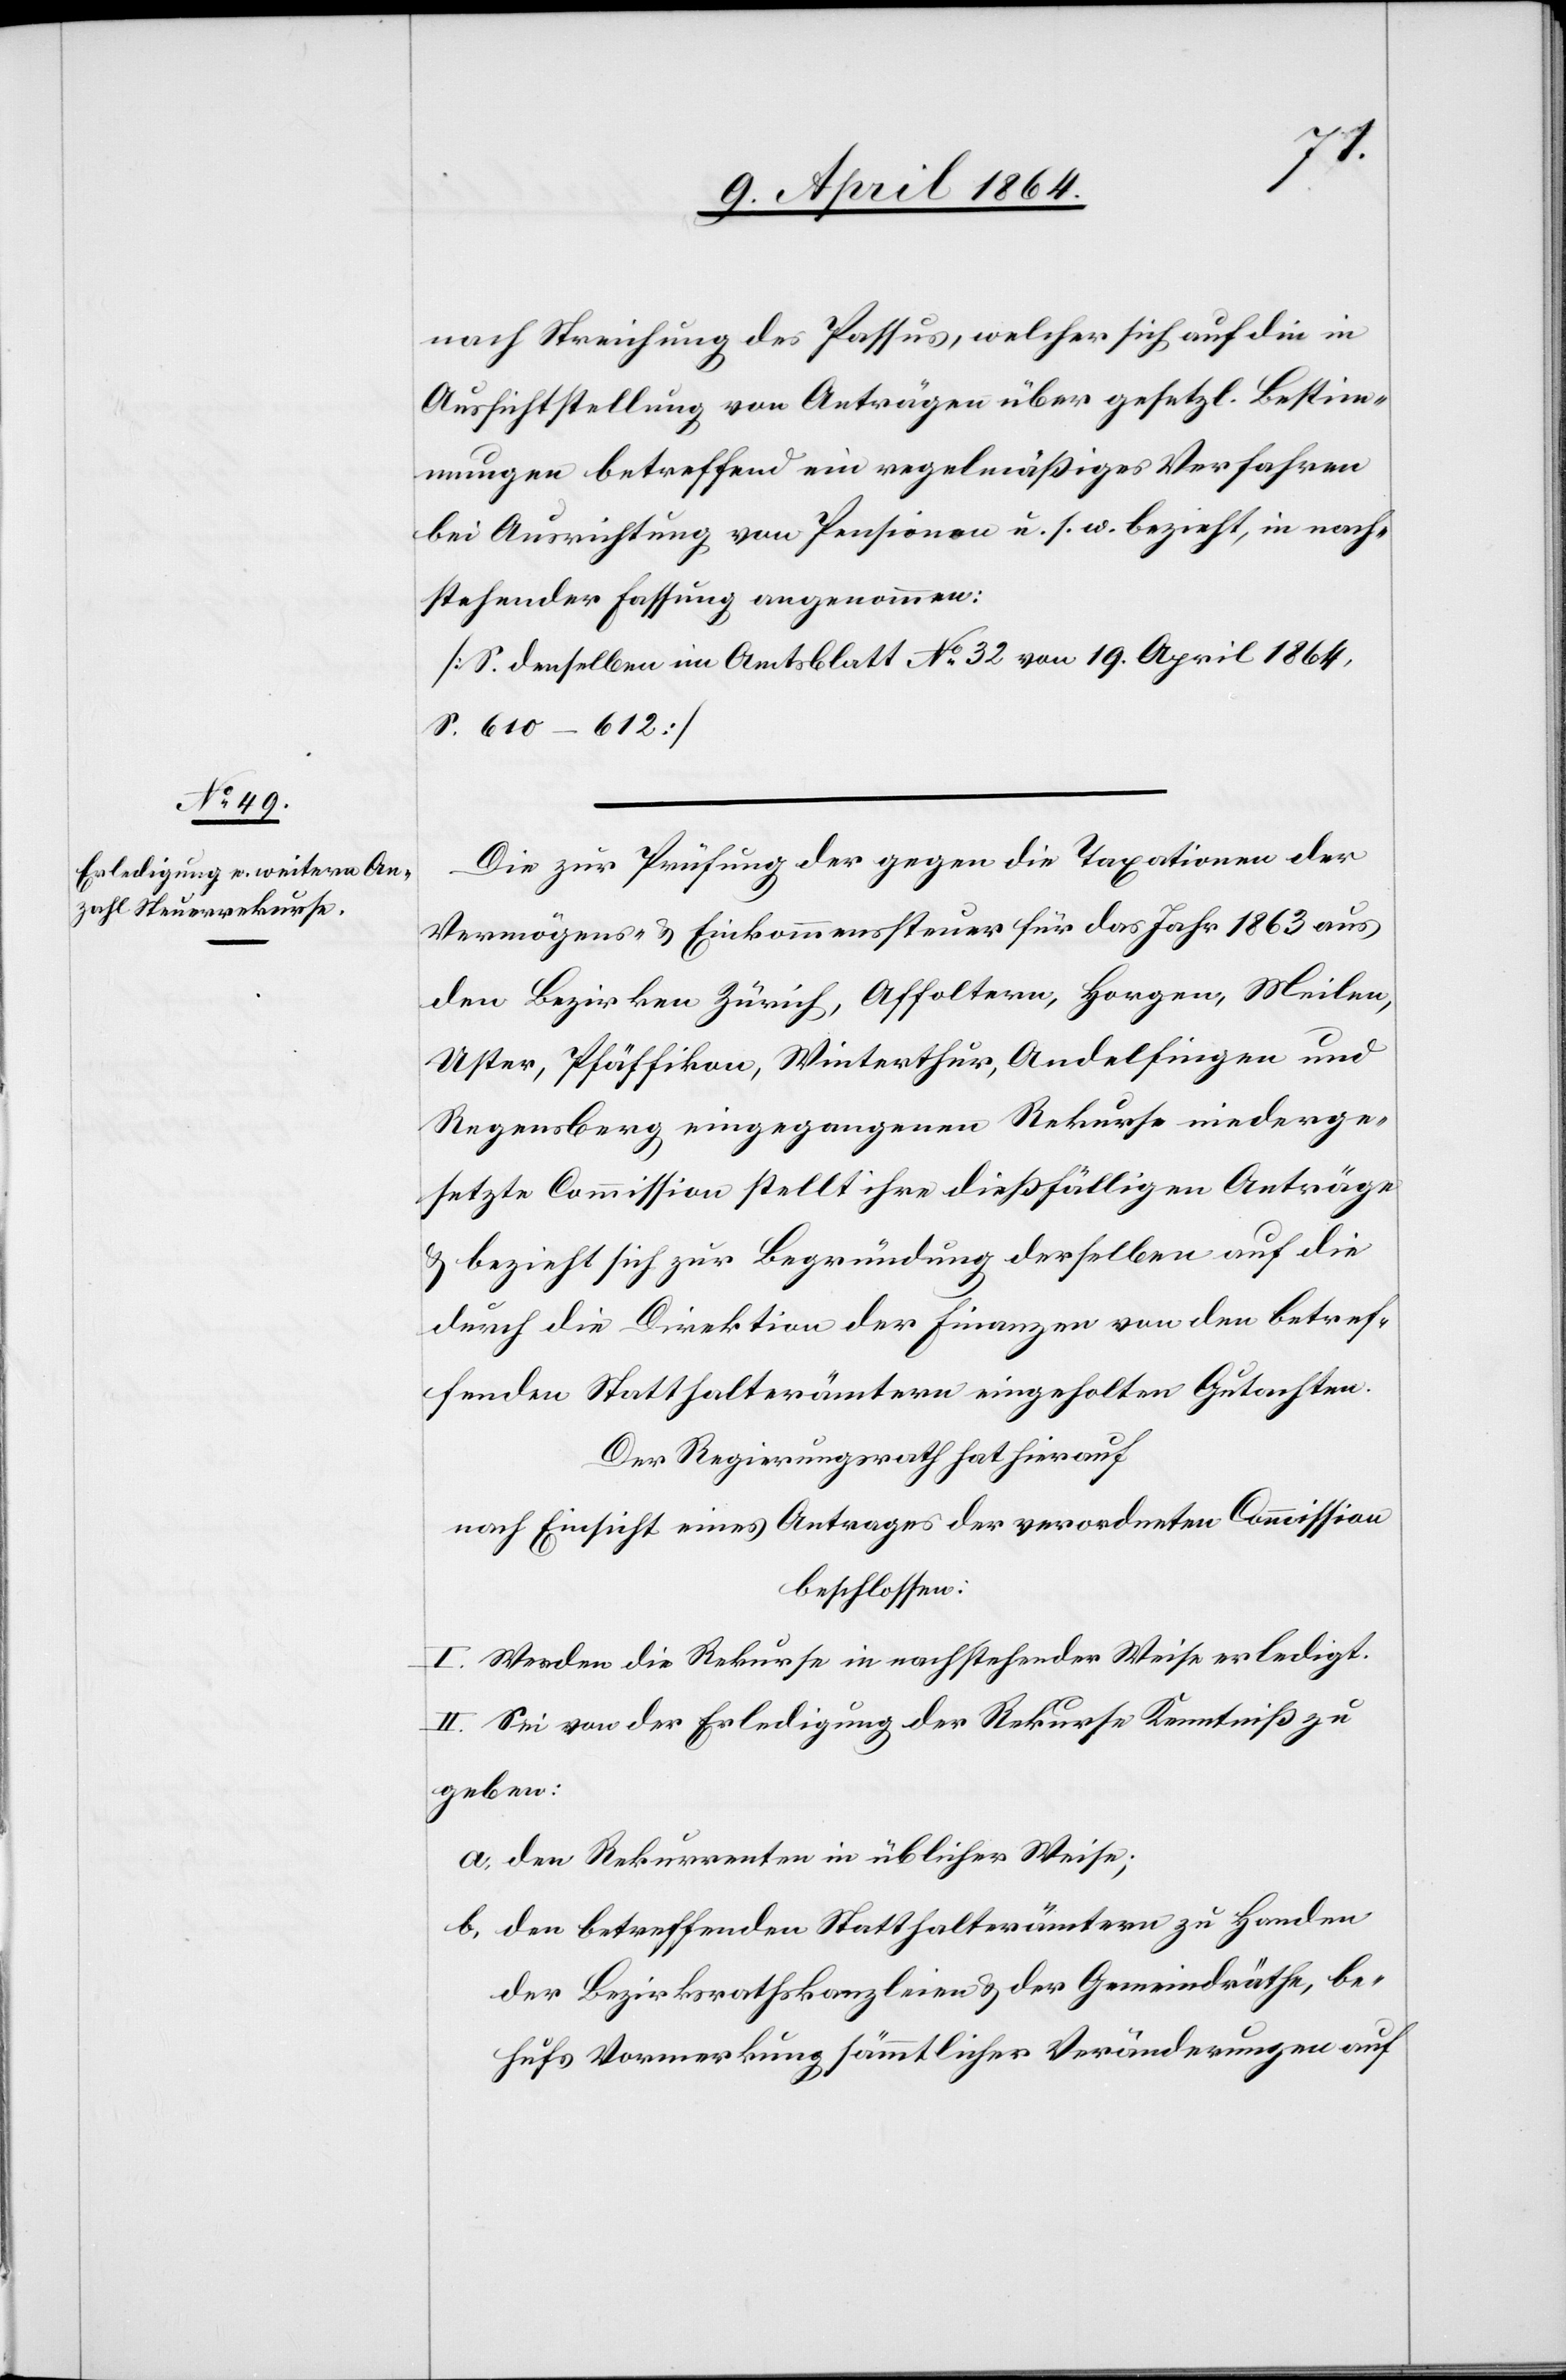
nach Streichung des Passus, welcher sich auf die in
Aussichtstellung von Anträgen über gesetzl. Bestim¬
mungen betreffend ein regelmäßiges Verfahren
bei Ausrichtung von Pensionen u. s. w. bezieht, in nach¬
stehender Fassung angenommen:
[S. denselben im Amtsblatt No 32 von 19. April 1864,
S. 610–612][.]
Die zur Prüfung der gegen die Taxationen der
Vermögens- u. Einkommenssteuer für das Jahr 1863 aus
den Bezirken Zürich, Affoltern, Horgen, Meilen,
Uster, Pfäffikon, Winterthur, Andelfingen und
Regensberg eingegangenen Rekurse niederge¬
setzte Commission stellt ihre dießfälligen Anträge
u. bezieht sich zur Begründung derselben auf die
durch die Direktion der Finanzen von den betref¬
fenden Statthalterämtern eingeholten Gutachten.
Der Regierungsrath hat hierauf
nach Einsicht eines Antrages der verordneten Commission
beschlossen:
I. Werden die Rekurse in nachstehender Weise erledigt.
II. Sei von der Erledigung der Rekurse Kenntniß zu
geben:
a. den Rekurrenten in üblicher Weise;
b. den betreffenden Statthalterämtern zu Handen
der Bezirksrathskanzleien u. der Gemeindräthe, be¬
hufs Vormerkung sämmtlicher Veränderungen auf